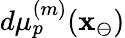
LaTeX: d\mu_{p}^{(m)}(\mathbf{x}_{\ominus})